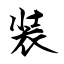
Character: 装